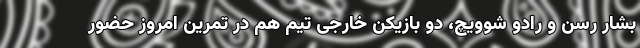
بشار رسن و رادو شوویچ، دو بازیکن خارجی تیم هم در تمرین امروز حضور